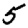
Digit: 5